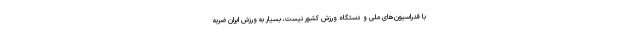
با فدراسیون‌های ملی و دستگاه ورزش کشور نیست، بسیار به ورزش ایران ضربه